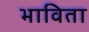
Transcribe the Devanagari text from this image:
भाविता